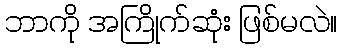
ဘာကို အကြိုက်ဆုံး ဖြစ်မလဲ။